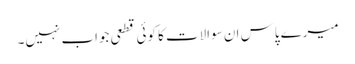
میرے پاس ان سوالات کا کوئی قطعی جواب نہیں۔